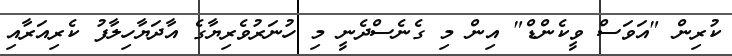
ކުރިން "އަވަސް ވީކެންޑް" އިން މި ގެނެސްދެނީ މި ހުނަރުވެރިޔާގެ އާދަޔާހިލާފު ކެރިއަރާއި